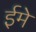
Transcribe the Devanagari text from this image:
ईमे